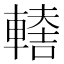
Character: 𨎈